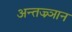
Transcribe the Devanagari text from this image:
अन्तज्र्ञान